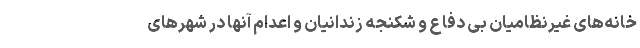
خانه‌های غیرنظامیان بی دفاع و شکنجه زندانیان و اعدام آنها در شهرهای